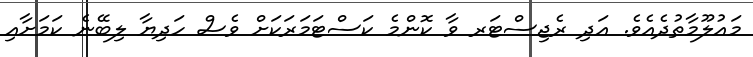
މައުލޫމާތުދެއެވެ. އަދި ރެޖިސްޓަރ ވާ ކޮންމެ ކަސްޓަމަރަކަށް ވެސް ހަދިޔާ ލިބޭނެ ކަމަށާއި